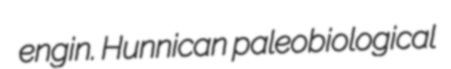
engin. Hunnican paleobiological